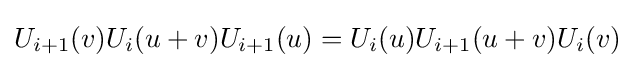
U_{i+1}(v)U_{i}(u+v)U_{i+1}(u)=U_{i}(u)U_{i+1}(u+v)U_{i}(v)